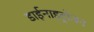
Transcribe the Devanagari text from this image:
डाईनाइट्रोजन